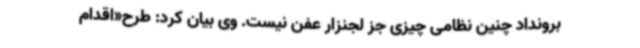
برونداد چنین نظامی چیزی جز لجنزار عفن نیست. وی بیان کرد: طرح«اقدام